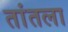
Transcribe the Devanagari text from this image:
तांतला